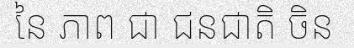
នៃ ភាព ជា ជនជាតិ ចិន